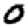
Digit: 0